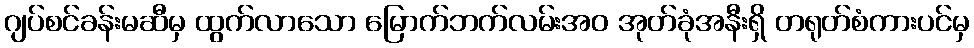
ဂျပ်စင်ခန်းမဆီမှ ထွက်လာသော မြောက်ဘက်လမ်းအဝ အုတ်ခုံအနီးရှိ တရုတ်စံကားပင်မှ